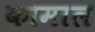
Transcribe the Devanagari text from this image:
कामाल